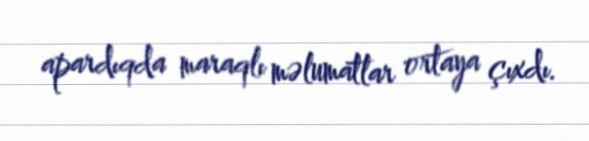
apardıqda maraqlı məlumatlar ortaya çıxdı.